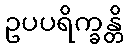
ဥပပရိက္ခန္တိ